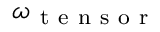
\omega _ { \mathrm { ~ t ~ e ~ n ~ s ~ o ~ r ~ } }